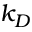
k _ { D }